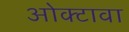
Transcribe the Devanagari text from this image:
ओक्टावा